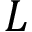
L